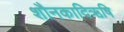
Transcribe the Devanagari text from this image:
शौनकादिऋषि